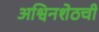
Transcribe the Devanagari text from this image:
अश्विनशेठची